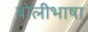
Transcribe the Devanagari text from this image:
बाेलीभाषा